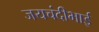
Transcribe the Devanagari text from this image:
जयचंदीभाई